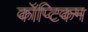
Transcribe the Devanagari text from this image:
कॉप्टिकम